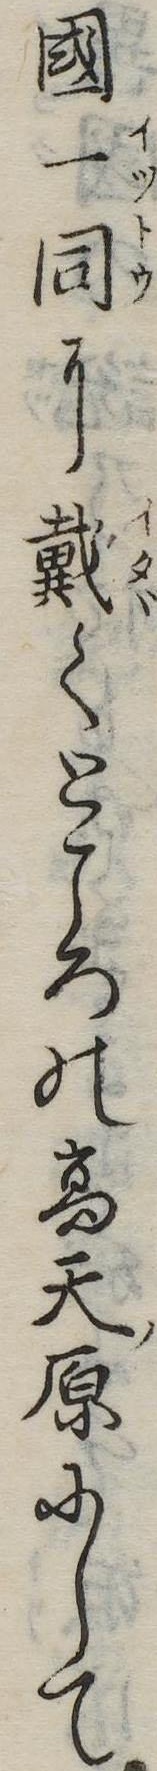
国一同に戴くところの高天原にして